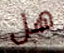
هل